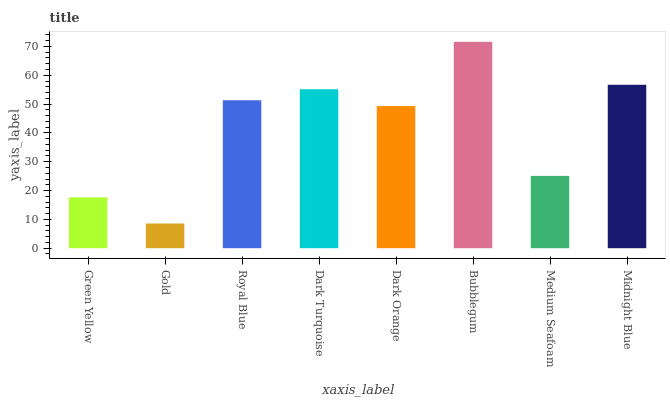
| xaxis_label | bars |
 | --- | --- |
 | Green Yellow | 17.6 |
 | Gold | 8.58 |
 | Royal Blue | 51.3 |
 | Dark Turquoise | 55.1 |
 | Dark Orange | 49.3 |
 | Bubblegum | 71.6 |
 | Medium Seafoam | 25.1 |
 | Midnight Blue | 56.7 |